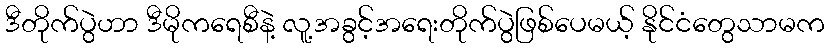
ဒီတိုက်ပွဲဟာ ဒီမိုကရေစီနဲ့ လူ့အခွင့်အရေးတိုက်ပွဲဖြစ်ပေမယ့် နိုင်ငံတွေသာမက